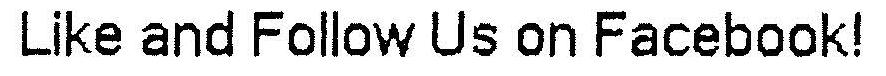
LIKE AND FOLLOW US ON FACEBOOK!